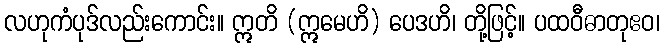
လဟုကံပုဒ်လည်းကောင်း။ ဣတိ (ဣမေဟိ) ပေဒဟိ၊ တို့ဖြင့်။ ပထဝီဓာတုဧဝ၊